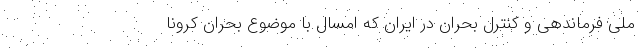
ملی فرماندهی و کنترل بحران در ایران که امسال با موضوع بحران کرونا